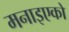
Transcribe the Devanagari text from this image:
मनाइएको